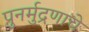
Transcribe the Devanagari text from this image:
पुनर्मुद्रणाचे